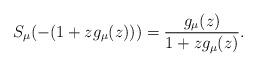
LaTeX: \begin{align*} S_{\mu}(-(1+zg_\mu(z)))=\frac{g_\mu(z)}{1+zg_\mu(z)}.\end{align*}